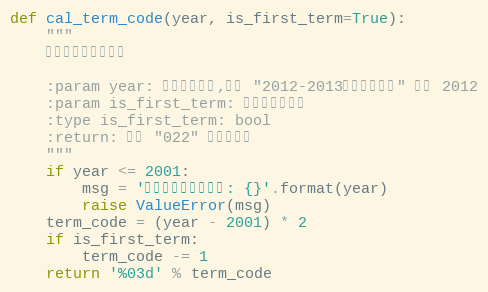
Language: Python
def cal_term_code(year, is_first_term=True):
    """
    计算对应的学期代码

    :param year: 学年开始年份,例如 "2012-2013学年第二学期" 就是 2012
    :param is_first_term: 是否为第一学期
    :type is_first_term: bool
    :return: 形如 "022" 的学期代码
    """
    if year <= 2001:
        msg = '出现了超出范围年份: {}'.format(year)
        raise ValueError(msg)
    term_code = (year - 2001) * 2
    if is_first_term:
        term_code -= 1
    return '%03d' % term_code